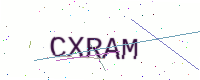
Text: CXRAM